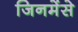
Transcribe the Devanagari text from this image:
जिनमेंसे